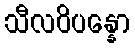
သီလဝိပန္နော